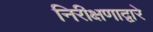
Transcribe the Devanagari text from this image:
निरीक्षणाद्वारे